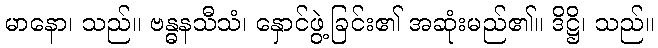
မာနော၊ သည်။ ဗန္ဓနသီသံ၊ နှောင်ဖွဲ့ခြင်း၏ အဆုံးမည်၏။ ဒိဋ္ဌိ၊ သည်။